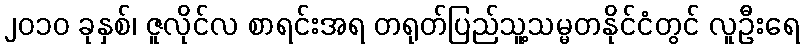
၂၀၁၀ ခုနှစ်၊ ဇူလိုင်လ စာရင်းအရ တရုတ်ပြည်သူ့သမ္မတနိုင်ငံတွင် လူဦးရေ